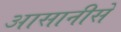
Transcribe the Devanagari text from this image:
आसानीसे